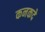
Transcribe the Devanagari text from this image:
कनकदे